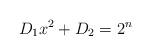
LaTeX: \begin{align*} D_1x^2+D_2 = 2^n\end{align*}